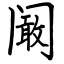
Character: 阚